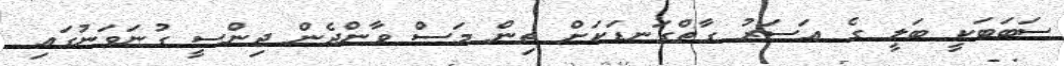
ސަބަބަކީ ބަލީ ގެ އަސަރު ގާތްގަނޑަކަށް ތިން މަސް ވާންދެން ޖިންސީ ގުނަވަނުގައި